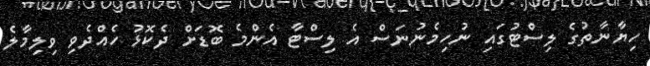
ހިޔާނާތުގެ ލިސްޓުގައި ނުހިމެނުނަސް އެ ލިސްޓާ އެންމެ ބޮޑަށް ދެކޮޅު ހެއްދެވި ވިލިމާލެ